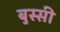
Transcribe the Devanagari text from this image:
बुस्सी